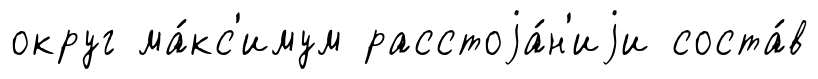
округ ма́кс'имум расстоjа́н'иjи соста́в